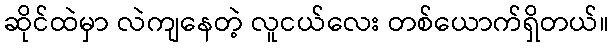
ဆိုင်ထဲမှာ လဲကျနေတဲ့ လူငယ်လေး တစ်ယောက်ရှိတယ်။